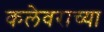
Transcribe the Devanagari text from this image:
कलेवराच्या